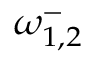
\omega _ { 1 , 2 } ^ { - }